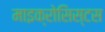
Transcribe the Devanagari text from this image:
माइक्रोसिस्टस